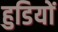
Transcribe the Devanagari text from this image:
हुडियों